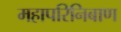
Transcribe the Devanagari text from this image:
महापरिनिबाण